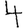
Digit: 4